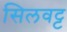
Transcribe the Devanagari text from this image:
सिलवट्ट